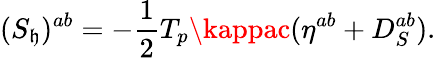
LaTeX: ({S}_{\mathfrak{h}})^{ab}={-{\frac{{1}}{{2}}}T_{p}\kappac}(\eta^{ab}+D_{S}^{ab}).